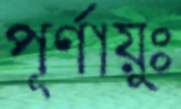
পূর্ণায়ুঃ